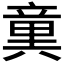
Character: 𥪢